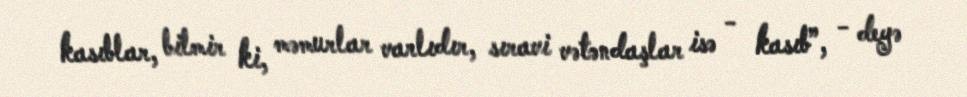
kasıblar, bilmir ki, məmurlar varlıdır, sıravi vətəndaşlar isə - kasıb”, - deyə